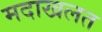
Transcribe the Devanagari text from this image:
मदाखलत